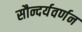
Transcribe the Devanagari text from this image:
सौन्दर्यवर्णन